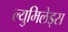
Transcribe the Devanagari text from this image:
ल्युमिलेड्स